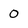
Character: O